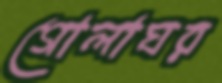
গোলাঘর